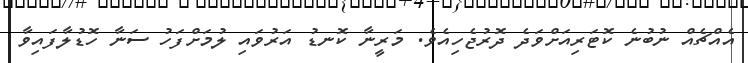
އެއްޗެއް ނުބުނެ ކޮޓަރިއަށްވަދެ ދޮރުޖެހިއެވެ. މަރީނާ ކޮނޑު އަރުވައި ލުމަށްފަހު ސަނާ ހޮޑުލާފައިވާ